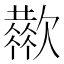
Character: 𣤬